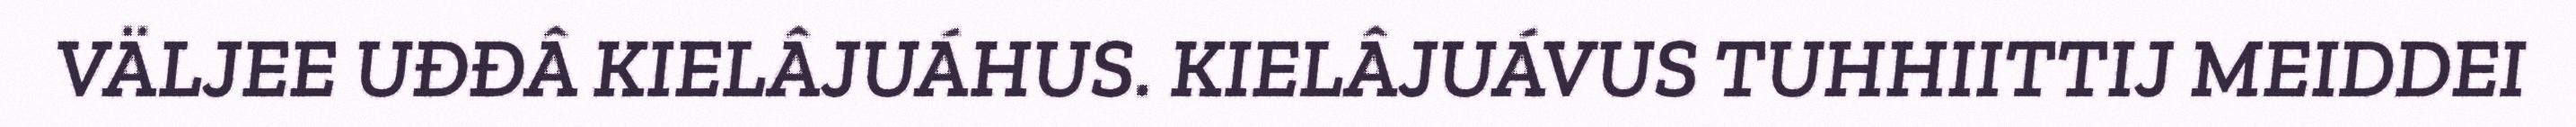
VÄLJEE UĐĐÂ KIELÂJUÁHUS. KIELÂJUÁVUS TUHHIITTIJ MEIDDEI